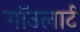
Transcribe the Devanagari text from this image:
गाॅउलार्ट